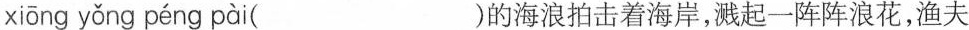
xiōng yǒng péng pài ( )的海浪拍击着海岸，溅起一阵阵浪花，渔夫